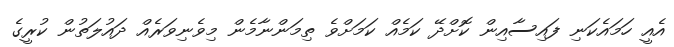
އެއީ ހަމައެކަނި ފައިސާއިން ކޮށްދޭ ކަމެއް ކަމަށްވެ ތިމަންނާމެން މިވެނިވަރެއް ދައުލަތުން ކުރީގެ